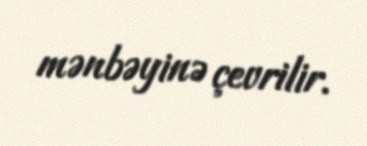
mənbəyinə çevrilir.